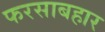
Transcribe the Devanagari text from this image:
फरसाबहार